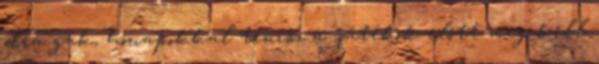
drá­ gák, hónapokkal tenisz a játékok előtt meg kell